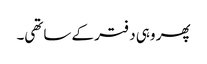
پھر وہی دفتر کے ساتھی۔